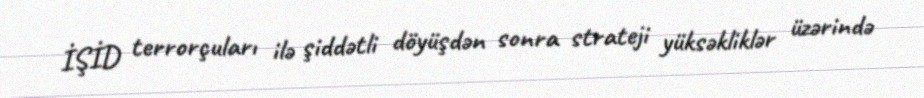
İŞİD terrorçuları ilə şiddətli döyüşdən sonra strateji yüksəkliklər üzərində